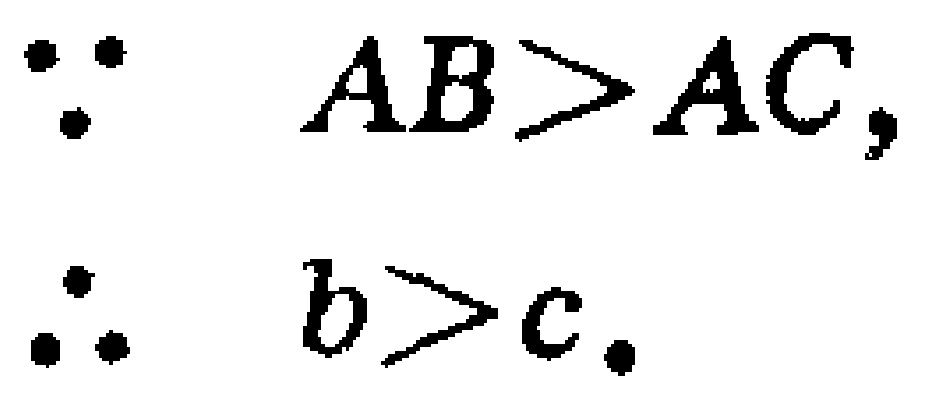
\[\because AB>AC,\\
\therefore b > c.\]